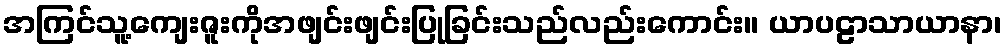
အကြင်သူ့ကျေးဇူးကိုအဖျင်းဖျင်းပြုခြင်းသည်လည်းကောင်း။ ယာပဠာသာယာနာ၊